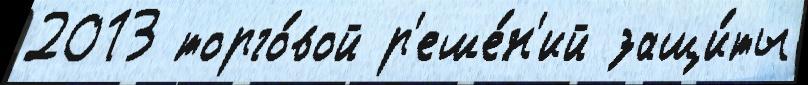
2013 торго́вой р'еше́н'ий защи́ты